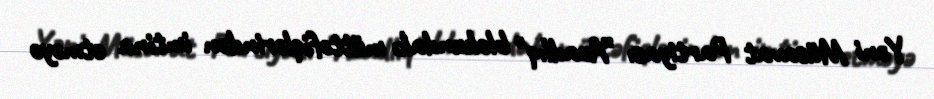
Yəni Müsavat Partiyası ”Azadlıq" blokundakı müttəfiqlərindən imtina etməyə